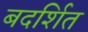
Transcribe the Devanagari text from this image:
बदर्शित